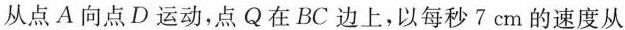
从点A向点D运动，点Q在BC边上，以每秒7cm的速度从